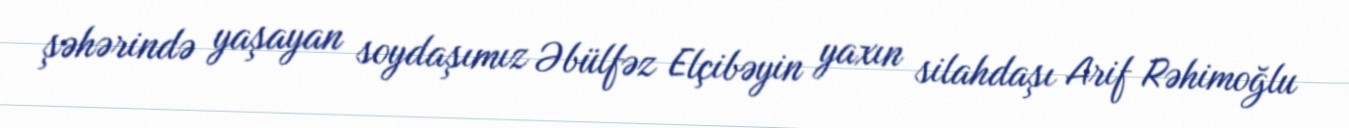
şəhərində yaşayan soydaşımız Əbülfəz Elçibəyin yaxın silahdaşı Arif Rəhimoğlu